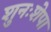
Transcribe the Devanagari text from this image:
शुनःशेपा